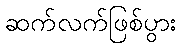
ဆက်လက်ဖြစ်ပွား